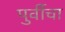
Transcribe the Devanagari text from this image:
पुर्वीचा